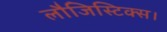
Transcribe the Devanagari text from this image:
लौजिस्टिक्स।